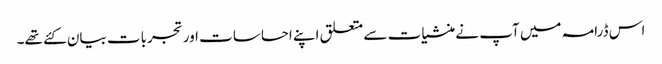
اس ڈرامہ میں آپ نے منشیات سے متعلق اپنے احساسات اور تجربات بیان کئے تھے۔